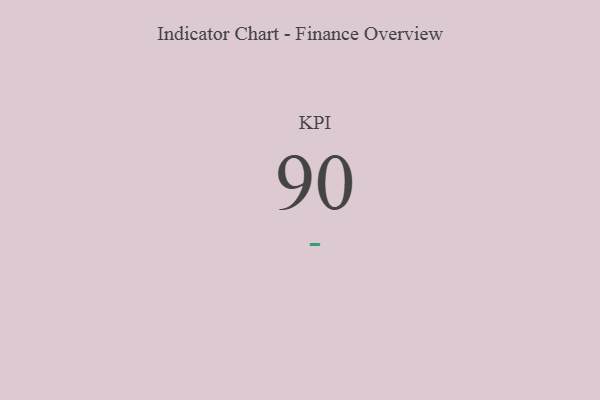
{"axis": {"x": "KPI", "y": "Value"}, "legend": [""], "data": [{"x": "KPI", "y": 90, "type": ""}]}